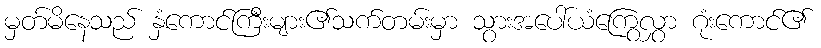
မှတ်မိနေသည် နှံကောင်ကြီးများ၏သက်တမ်းမှာ သွားအပေါ်ယံကြွေလွှာ ဂုံးကောင်၏